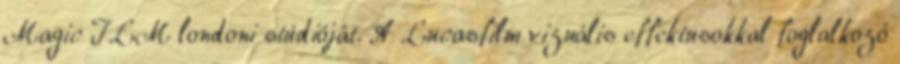
Magic ILM londoni stúdióját. A Lucasfilm vizuális effektusokkal foglalkozó